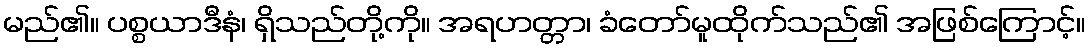
မည်၏။ ပစ္စယာဒီနံ၊ ရှိသည်တို့ကို။ အရဟတ္တာ၊ ခံတော်မူထိုက်သည်၏ အဖြစ်ကြောင့်။